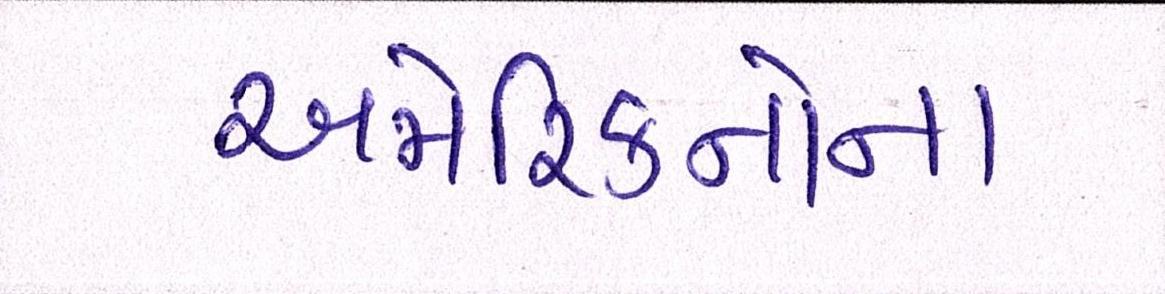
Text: અમેરિકનોના